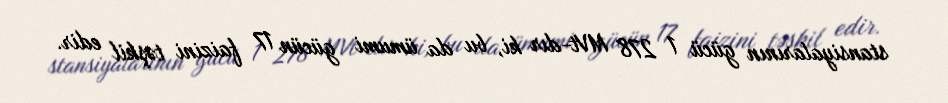
stansiyalarının gücü 1 278 MVt-dır ki, bu da ümumi gücün 17 faizini təşkil edir.